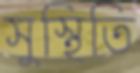
সুস্থিতি